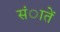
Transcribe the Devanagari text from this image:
संातें